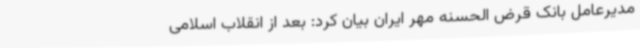
مدیرعامل بانک قرض الحسنه مهر ایران بیان کرد: بعد از انقلاب اسلامی